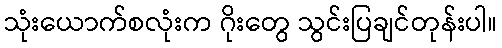
သုံးယောက်စလုံးက ဂိုးတွေ သွင်းပြချင်တုန်းပါ။